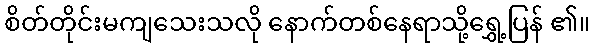
စိတ်တိုင်းမကျသေးသလို နောက်တစ်နေရာသို့ရွှေ့ပြန် ၏။